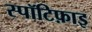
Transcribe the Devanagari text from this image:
स्पॉटिफ़ाइ